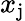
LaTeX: x_{\mathrm{j}}